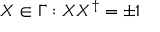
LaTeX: X \in \Gamma : X X ^ { \dagger } = \pm 1